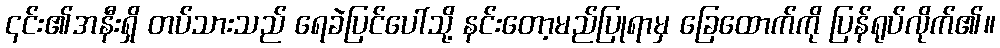
၎င်း၏အနီးရှိ တပ်သားသည် ရေခဲပြင်ပေါ်သို့ နင်းတော့မည်ပြုရာမှ ခြေထောက်ကို ပြန်ရုပ်လိုက်၏။